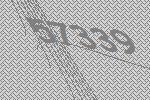
57339